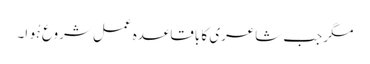
مگر جب شاعری کا باقاعدہ عمل شروع ہُوا۔